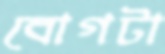
বোগটা